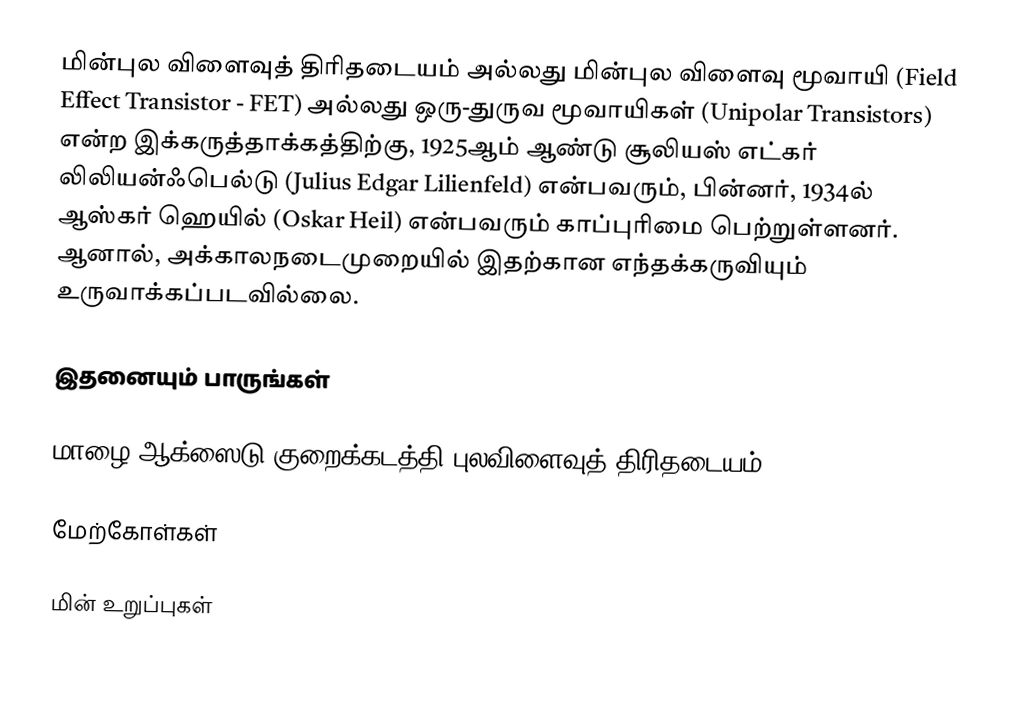
மின்புல விளைவுத் திரிதடையம் அல்லது மின்புல விளைவு மூவாயி (Field Effect Transistor - FET) அல்லது ஒரு-துருவ மூவாயிகள் (Unipolar Transistors) என்ற இக்கருத்தாக்கத்திற்கு, 1925ஆம் ஆண்டு சூலியஸ் எட்கர் லிலியன்ஃபெல்டு (Julius Edgar Lilienfeld) என்பவரும், பின்னர், 1934ல் ஆஸ்கர் ஹெயில் (Oskar Heil) என்பவரும் காப்புரிமை பெற்றுள்ளனர். ஆனால், அக்காலநடைமுறையில் இதற்கான எந்தக்கருவியும் உருவாக்கப்படவில்லை.

இதனையும் பாருங்கள்

 மாழை-ஆக்ஸைடு-குறைக்கடத்தி புலவிளைவுத் திரிதடையம்- MOSFET

மேற்கோள்கள்

மின் உறுப்புகள்